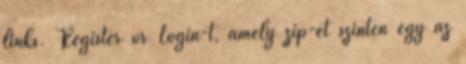
links. Register or Login-t, amely zip-et szintén egy az